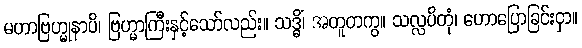
မဟာဗြဟ္မုနာပိ၊ ဗြဟ္မာကြီးနှင့်သော်လည်း။ သဒ္ဓိံ၊ အတူတကွ။ သလ္လပိတုံ၊ ဟောပြောခြင်းငှာ။